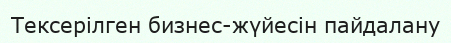
Тексерілген бизнес-жүйесін пайдалану